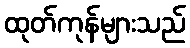
ထုတ်ကုန်များသည်